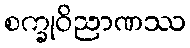
စက္ခုဝိညာဏဿ